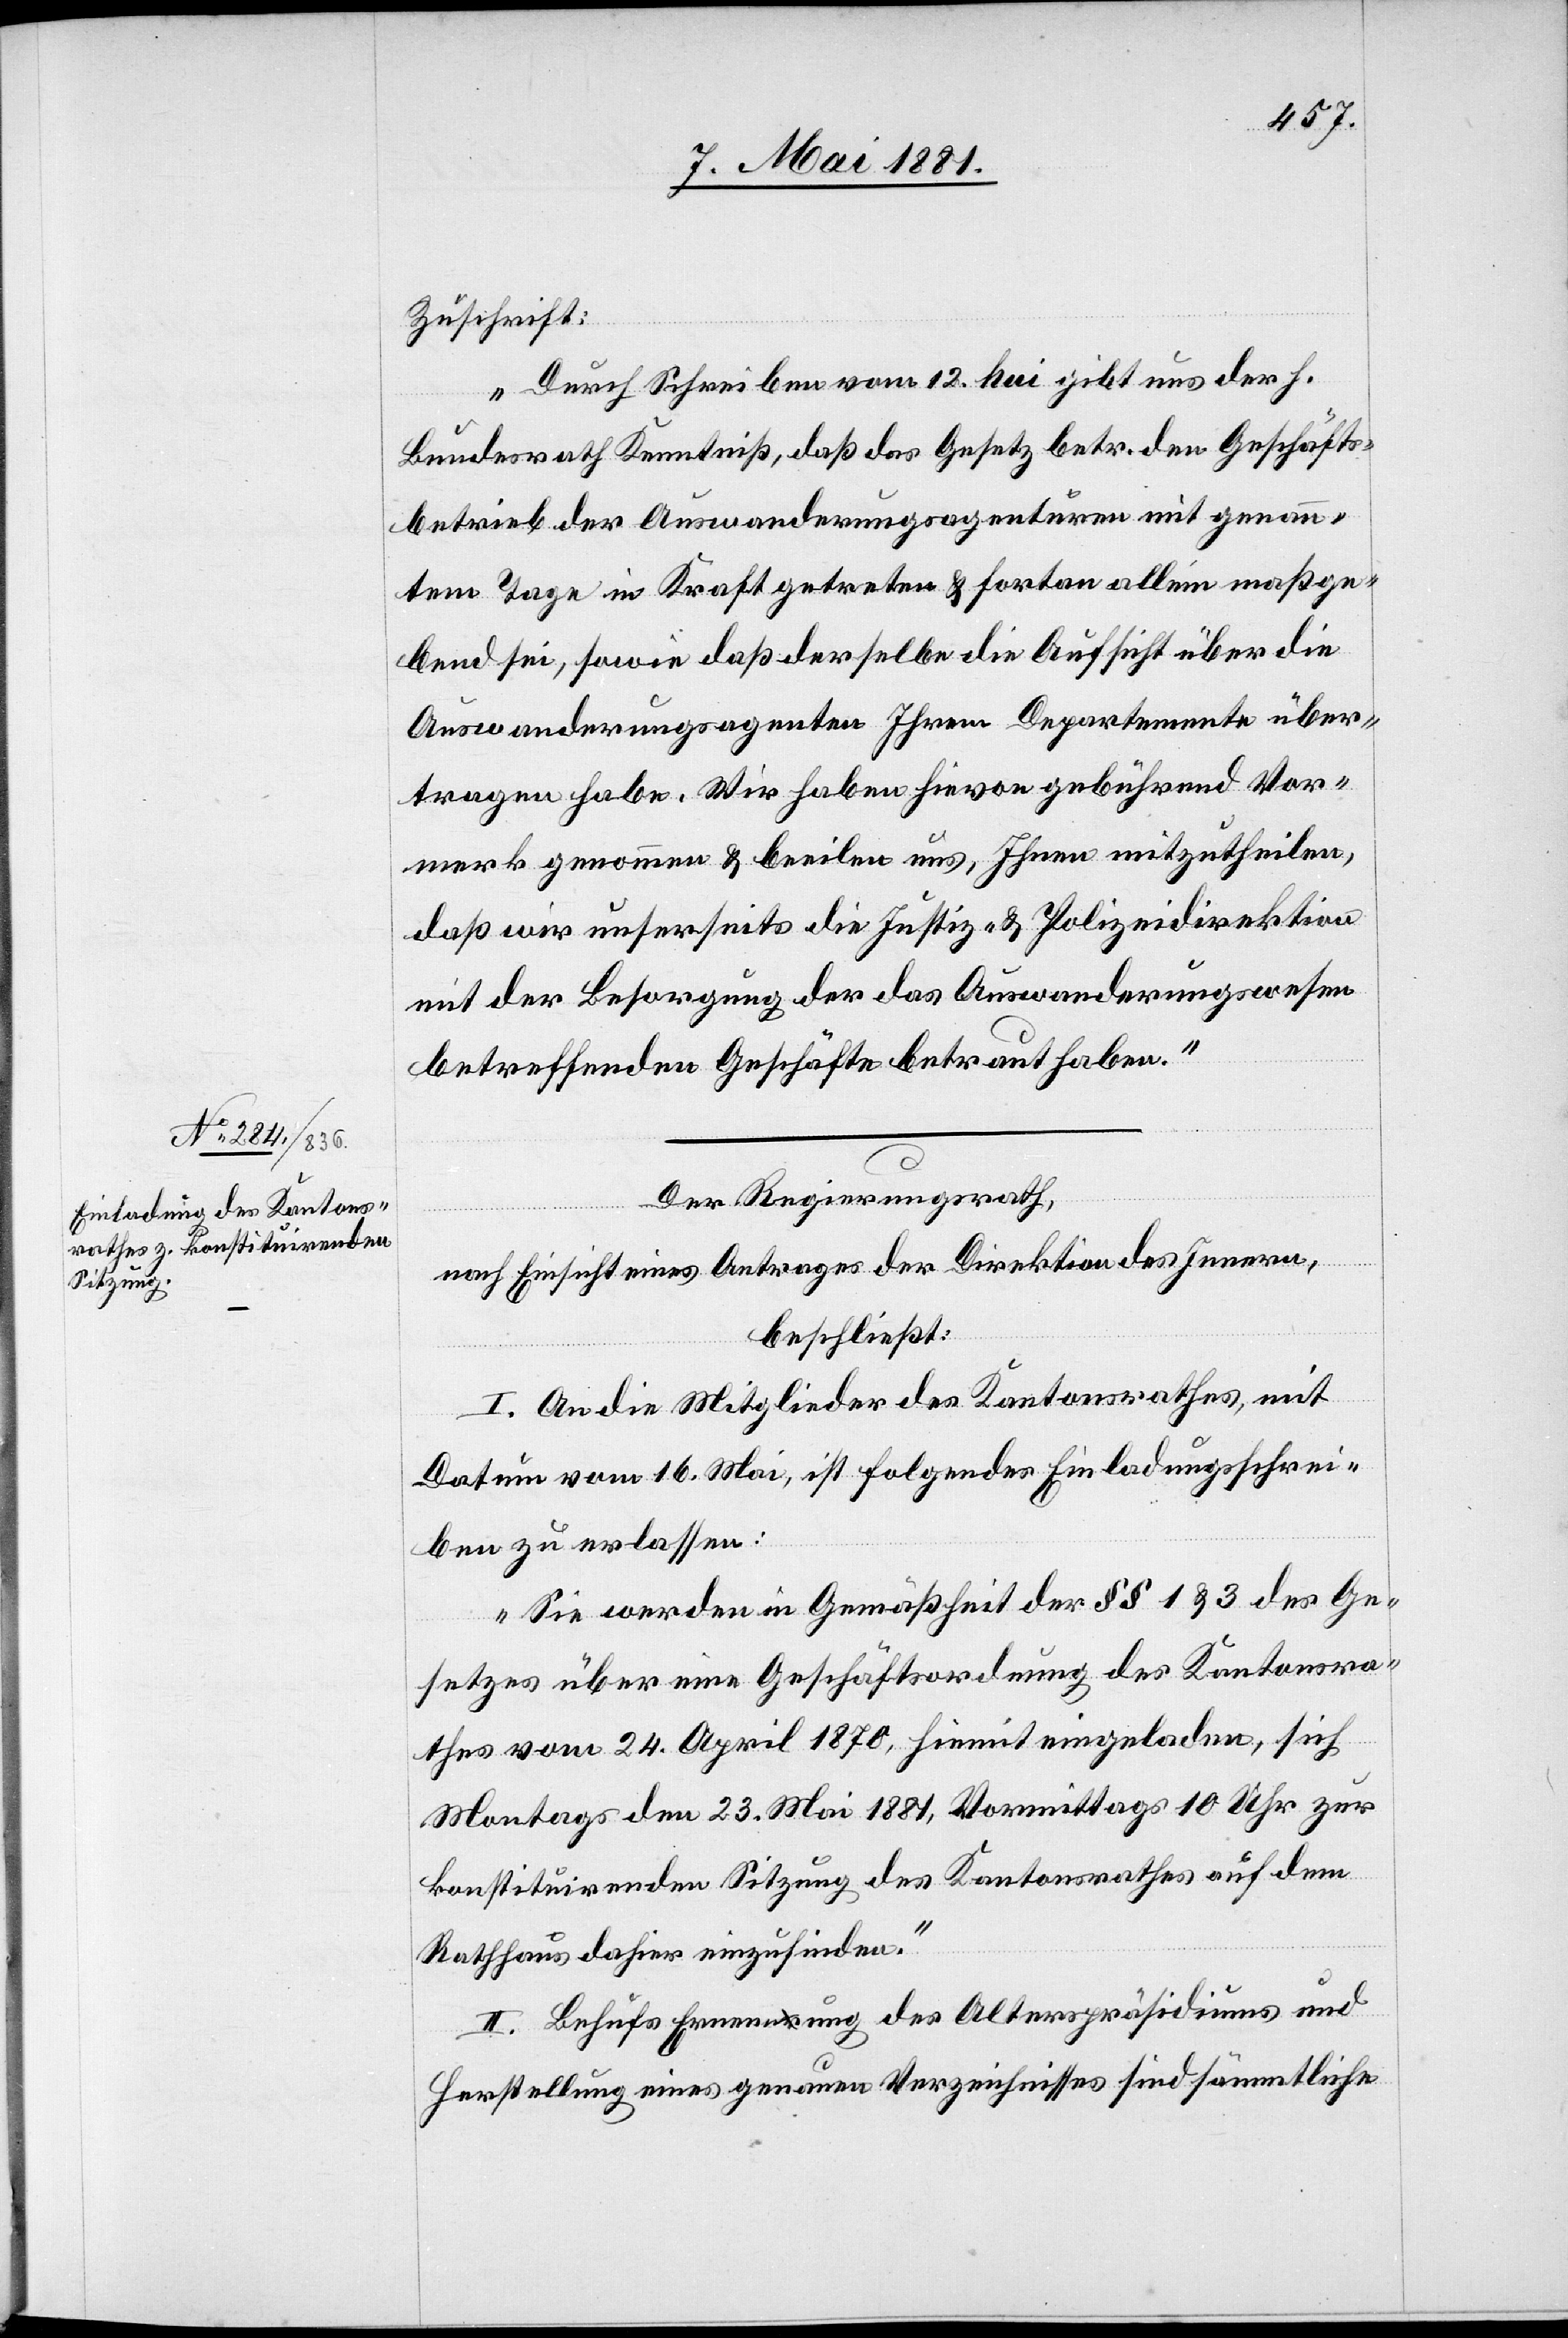
Zuschrift:
„Durch Schreiben vom 12. hui gibt uns der h.
Bundesrath Kenntniß, daß das Gesetz betr. den Geschäfts¬
betrieb der Auswanderungsagenturen mit genann¬
tem Tage in Kraft getreten & fortan allein maßge¬
bend sei, sowie daß derselbe die Aufsicht über die
Auswanderungsagenturen Ihrem Departemente über¬
tragen habe. Wir haben hievon gebührend Vor¬
merk genommen & beeilen uns, Ihnen mitzuteilen,
daß wir unserseits die Justiz- & Polizeidirektion
mit der Besorgung der das Auswanderungswesen
betreffenden Geschäfte betraut haben.“
Der Regierungsrath,
nach Einsicht eines Antrages der Direktion des Innern,
beschließt:
I. An die Mitglieder des Kantonsrathes, mit
Datum vom 16. Mai, ist folgendes Einladungsschrei¬
ben zu erlassen:
„Sie werden in Gemäßheit der §§ 1 & 3 des Ge¬
setzes über eine Geschäftsordnung des Kantonsra¬
thes vom 24. April 1870, hiemit eingeladen, sich
Montags den 23. Mai 1870, Vormittags 10 Uhr zur
konstituirenden Sitzung des Kantonsrathes auf dem
Rathaus dahier einzufinden.“
II. Behufs Ernennung des Alterspräsidiums und
Herstellung eines genannten Verzeichnisses sind sämmtliche